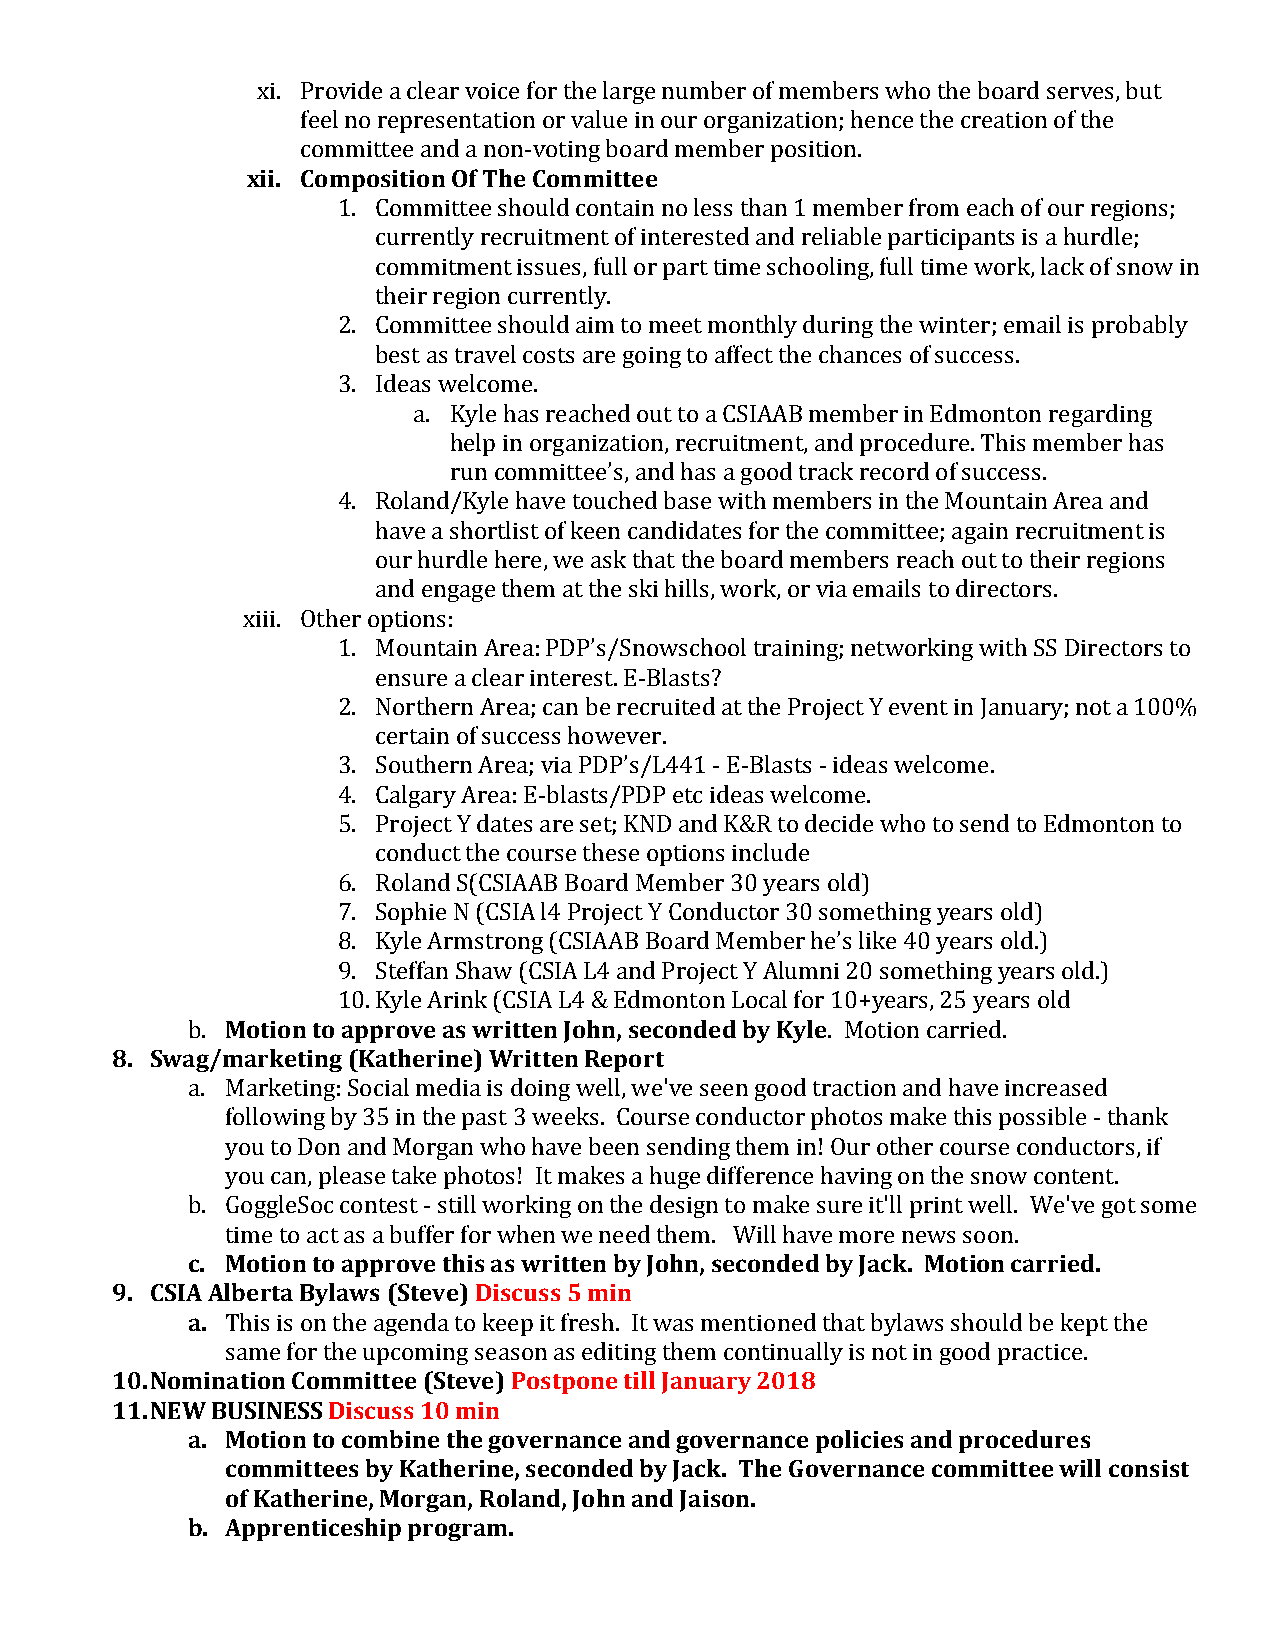
xi. Provide a clear voice for the large number of members who the board serves, but
 feel no representation or value in our organization; hence the creation of the
 committee and a non-voting board member position.
 xii. Composition Of The Committee
 1. Committee should contain no less than 1 member from each of our regions;
 currently recruitment of interested and reliable participants is a hurdle;
 commitment issues, full or part time schooling, full time work, lack of snow in
 their region currently.
 2. Committee should aim to meet monthly during the winter; email is probably
 best as travel costs are going to affect the chances of success.
 3. Ideas welcome.
 a. Kyle has reached out to a CSIAAB member in Edmonton regarding
 help in organization, recruitment, and procedure. This member has
 run committee’s, and has a good track record of success.
 4. Roland/Kyle have touched base with members in the Mountain Area and
 have a shortlist of keen candidates for the committee; again recruitment is
 our hurdle here, we ask that the board members reach out to their regions
 and engage them at the ski hills, work, or via emails to directors.
 xiii. Other options:
 1. Mountain Area: PDP’s/Snowschool training; networking with SS Directors to
 ensure a clear interest. E-Blasts?
 2. Northern Area; can be recruited at the Project Y event in January; not a 100%
 certain of success however.
 3. Southern Area; via PDP’s/L441 - E-Blasts - ideas welcome.
 4. Calgary Area: E-blasts/PDP etc ideas welcome.
 5. Project Y dates are set; KND and K&R to decide who to send to Edmonton to
 conduct the course these options include
 6. Roland S(CSIAAB Board Member 30 years old)
 7. Sophie N (CSIA l4 Project Y Conductor 30 something years old)
 8. Kyle Armstrong (CSIAAB Board Member he’s like 40 years old.)
 9. Steffan Shaw (CSIA L4 and Project Y Alumni 20 something years old.)
 10. Kyle Arink (CSIA L4 & Edmonton Local for 10+years, 25 years old
 b. Motion to approve as written John, seconded by Kyle. Motion carried.
 8. Swag/marketing (Katherine) Written Report
 a. Marketing: Social media is doing well, we've seen good traction and have increased
 following by 35 in the past 3 weeks. Course conductor photos make this possible - thank
 you to Don and Morgan who have been sending them in! Our other course conductors, if
 you can, please take photos! It makes a huge difference having on the snow content.
 b. GoggleSoc contest - still working on the design to make sure it'll print well. We've got some
 time to act as a buffer for when we need them. Will have more news soon.
 c. Motion to approve this as written by John, seconded by Jack. Motion carried.
 9. CSIA Alberta Bylaws (Steve) Discuss 5 min
 a. This is on the agenda to keep it fresh. It was mentioned that bylaws should be kept the
 same for the upcoming season as editing them continually is not in good practice.
 10. Nomination Committee (Steve) Postpone till January 2018
 11. NEW BUSINESS Discuss 10 min
 a. Motion to combine the governance and governance policies and procedures
 committees by Katherine, seconded by Jack. The Governance committee will consist
 of Katherine, Morgan, Roland, John and Jaison.
 b. Apprenticeship program.